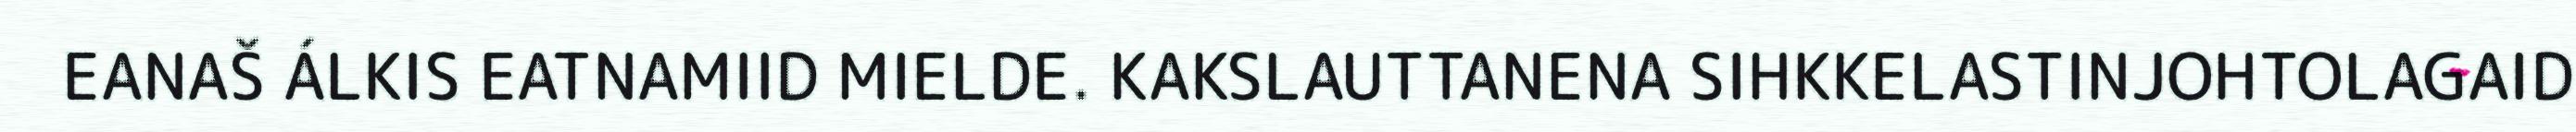
EANAŠ ÁLKIS EATNAMIID MIELDE. KAKSLAUTTANENA SIHKKELASTINJOHTOLAGAID